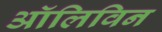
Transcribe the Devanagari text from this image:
ऑलिविन